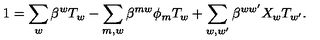
1 = \sum _ { w } \beta ^ { w } T _ { w } - \sum _ { m , w } \beta ^ { m w } \phi _ { m } T _ { w } + \sum _ { w , w ^ { \prime } } \beta ^ { w w ^ { \prime } } X _ { w } T _ { w ^ { \prime } } .